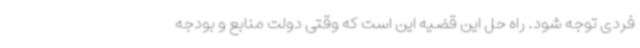
فردی توجه شود. راه حل این قضیه این است که وقتی دولت منابع و بودجه